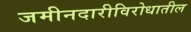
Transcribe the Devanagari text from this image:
जमीनदारीविरोधातील